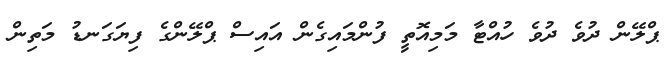
ޕްލޭން ދުވެ ދުވެ ހުއްޓާ މަމިއޮތީ ފުންމައިގެން އައިސް ޕްލޭންގެ ފިޔަގަނޑު މަތިން